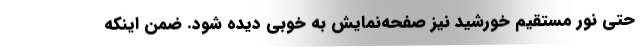
حتی نور مستقیم خورشید نیز صفحه‌نمایش به خوبی دیده شود. ضمن اینکه